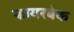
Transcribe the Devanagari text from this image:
फायरबेक